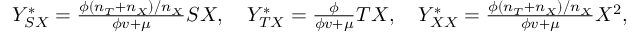
\begin{array} { r } { Y _ { S X } ^ { \ast } = \frac { \phi ( n _ { T } + n _ { X } ) / n _ { X } } { \phi v + \mu } S X , \quad Y _ { T X } ^ { \ast } = \frac { \phi } { \phi v + \mu } T X , \quad Y _ { X X } ^ { \ast } = \frac { \phi ( n _ { T } + n _ { X } ) / n _ { X } } { \phi v + \mu } X ^ { 2 } , } \end{array}